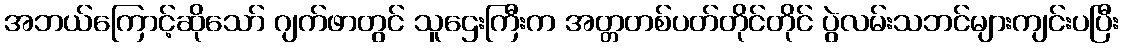
အဘယ်ကြောင့်ဆိုသော် ဂျက်ဖာတွင် သူဌေးကြီးက အတ္တတစ်ပတ်တိုင်တိုင် ပွဲလမ်းသဘင်များကျင်းပပြီး